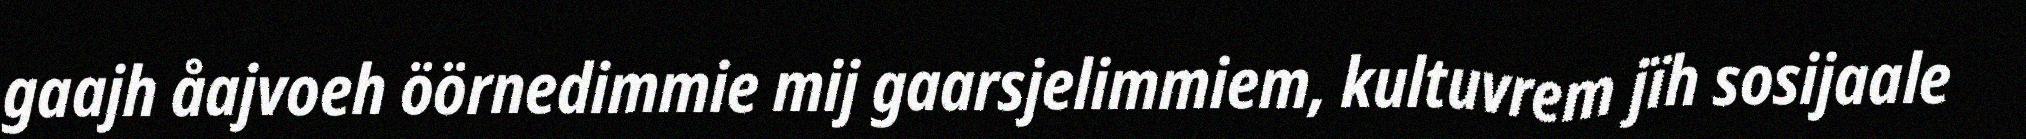
gaajh åajvoeh öörnedimmie mij gaarsjelimmiem, kultuvrem jïh sosijaale